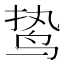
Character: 鸷